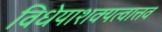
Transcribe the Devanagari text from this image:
विधेयाशक्यत्वात्तव